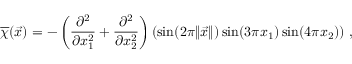
\overline { { \chi } } ( \vec { x } ) = - \left( \frac { \partial ^ { 2 } } { \partial x _ { 1 } ^ { 2 } } + \frac { \partial ^ { 2 } } { \partial x _ { 2 } ^ { 2 } } \right) \left( \sin ( 2 \pi \| \vec { x } \| ) \sin ( 3 \pi x _ { 1 } ) \sin ( 4 \pi x _ { 2 } ) \right) \, ,